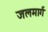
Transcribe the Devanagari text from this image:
जलमार्गं